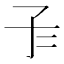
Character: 𡤾